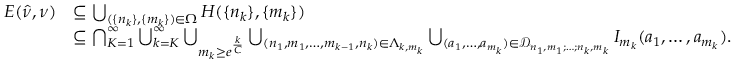
\begin{array} { r l } { E ( \hat { \nu } , \nu ) } & { \subseteq \bigcup _ { ( \{ n _ { k } \} , \{ m _ { k } \} ) \in \Omega } H ( \{ n _ { k } \} , \{ m _ { k } \} ) } \\ & { \subseteq \bigcap _ { K = 1 } ^ { \infty } \bigcup _ { k = K } ^ { \infty } \bigcup _ { m _ { k } \ge e ^ { \frac { k } { C } } } \bigcup _ { ( n _ { 1 } , m _ { 1 } , \ldots , m _ { k - 1 } , n _ { k } ) \in \Lambda _ { k , m _ { k } } } \bigcup _ { ( a _ { 1 } , \ldots , a _ { m _ { k } } ) \in \mathcal { D } _ { n _ { 1 } , m _ { 1 } ; \ldots ; n _ { k } , m _ { k } } } I _ { m _ { k } } ( a _ { 1 } , \ldots , a _ { m _ { k } } ) . } \end{array}